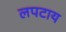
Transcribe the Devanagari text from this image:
लपटाय